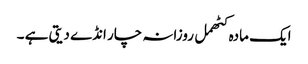
ایک مادہ کٹھمل روزانہ چار انڈے دیتی ہے ۔